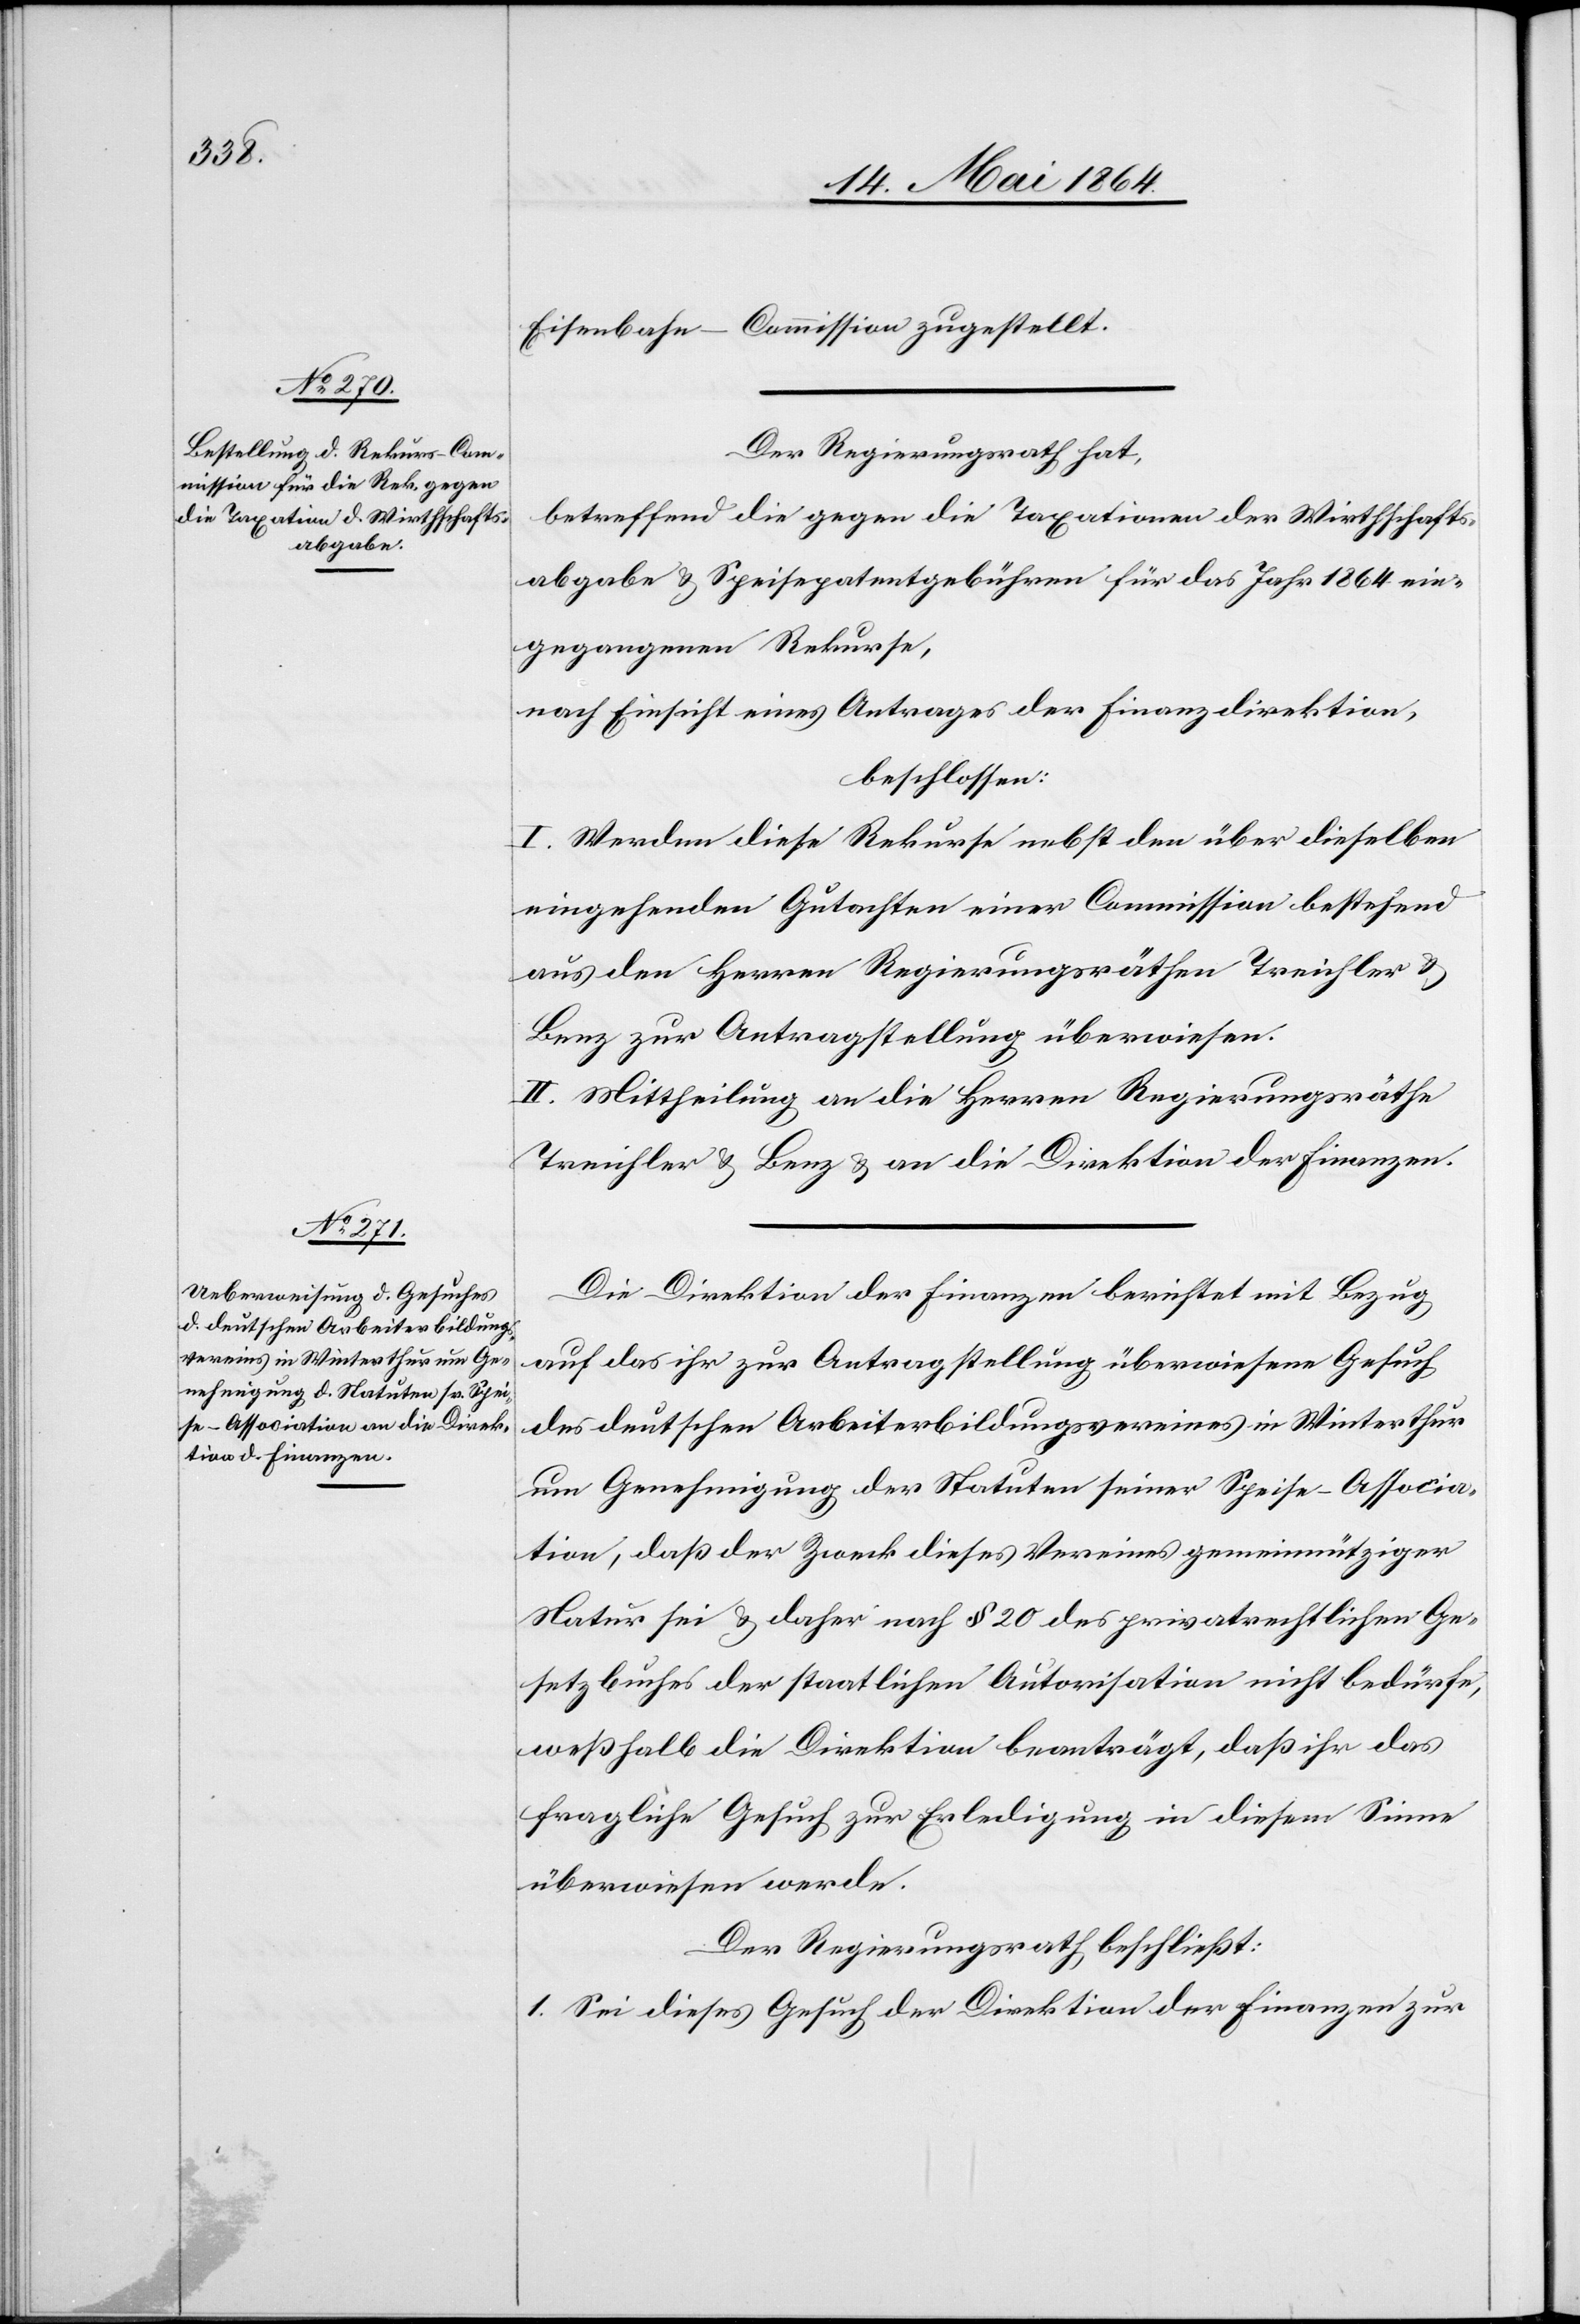
Eisenbahn-Commission zugestellt.
Der Regierungsrath hat,
betreffend die gegen die Taxationen der Wirthschafts¬
abgabe u. Speisepatentgebühren für das Jahr 1864 ein¬
gegangenen Rekurse,
nach Einsicht eines Antrages der Finanzdirektion,
beschlossen:
I. Werden diese Rekurse nebst den über dieselben
eingehenden Gutachten einer Commission bestehend
aus den Herren Regierungsräthen Treichler u.
Benz zur Antragstellung überwiesen.
II. Mittheilung an die Herren Regierungsräthe
Treichler u. Benz u. an die Direktion der Finanzen.
Die Direktion der Finanzen berichtet mit Bezug
auf das ihr zur Antragstellung überwiesene Gesuch
des deutschen Arbeiterbildungsvereines in Winterthur
um Genehmigung der Statuten seiner Speise-Associa¬
tion, daß der Zweck dieses Vereines gemeinnütziger
Natur sei u. daher nach § 20 des privatrechtlichen Ge¬
setzbuches der staatlichen Autorisation nicht bedürfe,
weßhalb die Direktion beanträgt, daß ihr das
fragliche Gesuch zur Erledigung in diesem Sinne
überwiesen werde.
Der Regierungsrath beschließt:
1. Sei dieses Gesuch der Direktion der Finanzen zur